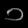
Digit: ၁